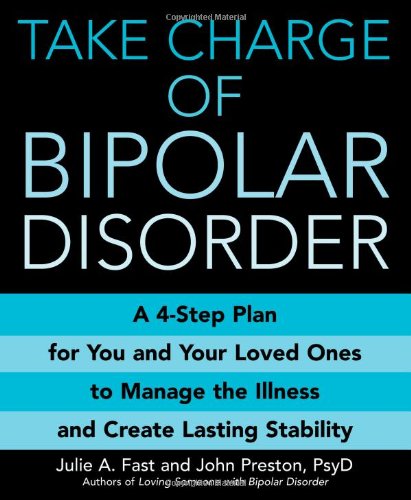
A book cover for Take Charge of Bipolar Disorder: A 4-Step Plan for You and Your Loved Ones to Manage the Illness and Create Lasting Stability; Julie A Fast; Health, Fitness & Dieting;